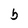
Character: b